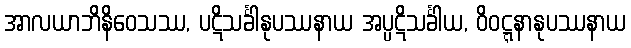
အာလယာဘိနိဝေသဿ, ပဋိသင်္ခါနုပဿနာယ အပ္ပဋိသင်္ခါယ, ဝိဝဋ္ဋနာနုပဿနာယ